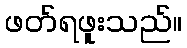
ဖတ်ရဖူးသည်။